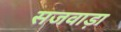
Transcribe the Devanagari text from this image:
सजवाड़ा